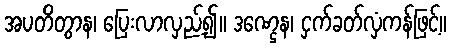
အပတိတွာန၊ ပြေးလာလှည့်၍။ ဒဏ္ဌေန၊ ငှက်ခတ်လှံကန်ဖြင့်။